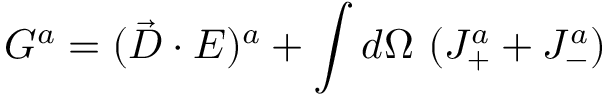
{ \cal { G } } ^ { a } = ( \vec { D } \cdot E ) ^ { a } + \int d \Omega ~ ( J _ { + } ^ { a } + J _ { - } ^ { a } )